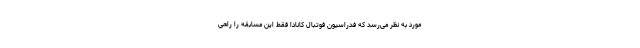
مورد به نظر می‌رسد که فدراسیون فوتبال کانادا فقط این مسابقه را راهی